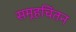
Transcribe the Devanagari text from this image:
समूहचिंतन